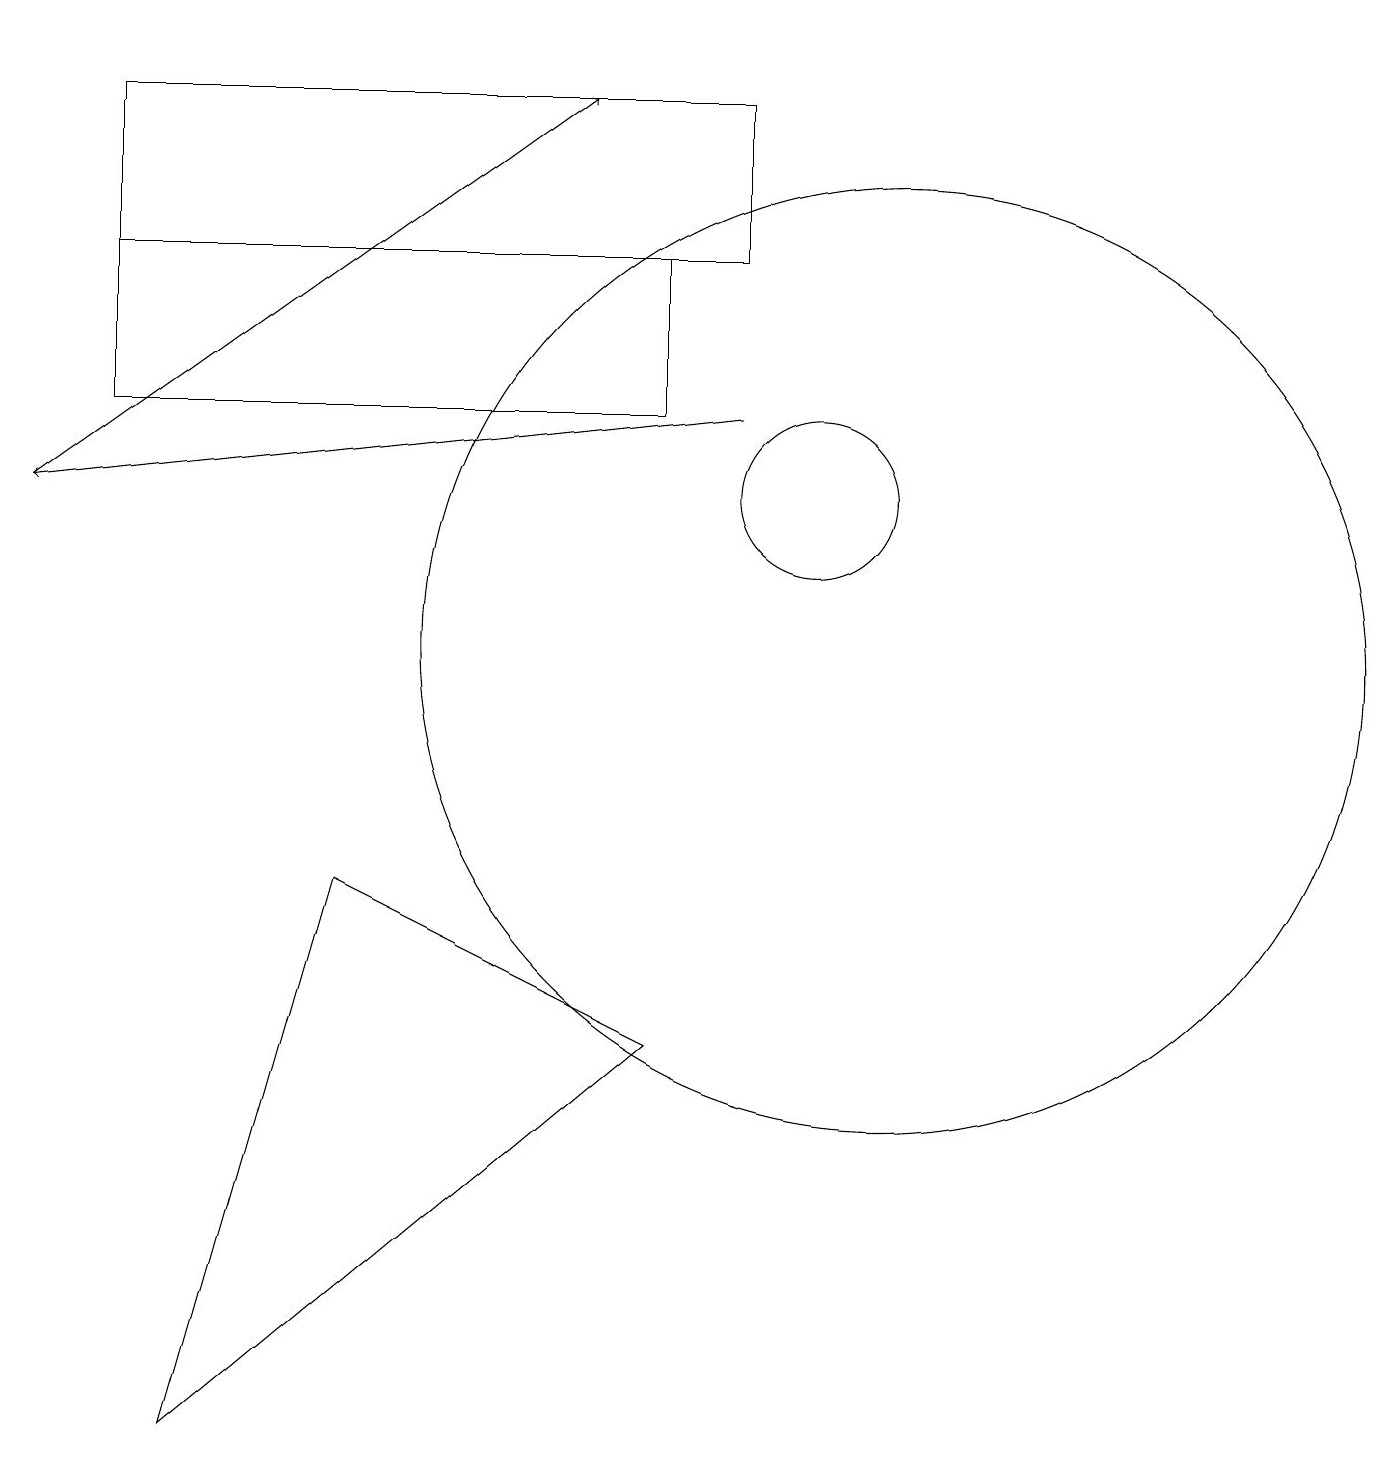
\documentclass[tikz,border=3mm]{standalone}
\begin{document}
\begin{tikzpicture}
\draw (10,12) circle (1);
\draw (1,15) rectangle (8,13);
\draw (11,10) circle (6);
\draw (2,18) rectangle (2,18);
\draw[->] (0,12) -- (7,17);
\draw (9,15) rectangle (1,17);
\draw (8,5) -- (4,7) -- (2,0) -- cycle;
\draw[->] (9,13) -- (0,12);
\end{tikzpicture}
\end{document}